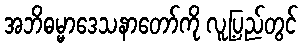
အဘိဓမ္မာဒေသနာတော်ကို လူ့ပြည်တွင်